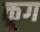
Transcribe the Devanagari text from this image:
कूग